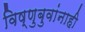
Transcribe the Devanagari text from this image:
विष्णुबुवांनाही